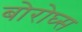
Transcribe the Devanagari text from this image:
बोरोघ्स